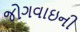
જોગવાઇની